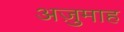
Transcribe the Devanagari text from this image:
अज़ुमाह